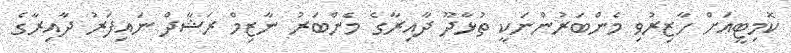
ކޮމިޓީއަށް ހާޒިރުވި މެންބަރުންނަކީ ތުޅާދޫ ދާއިރާގެ މެންބަރު ނާޒިމް ރަޝާދް ނައިފަރު ދާއިރާގެ